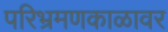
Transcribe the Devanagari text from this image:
परिभ्रमणकाळावर